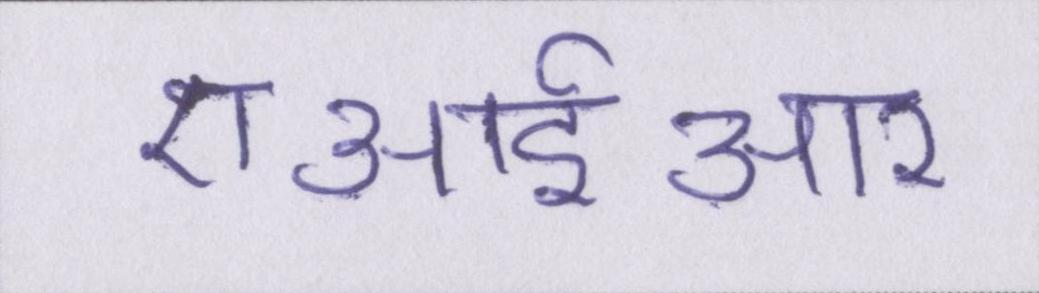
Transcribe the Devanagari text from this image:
एआईआर